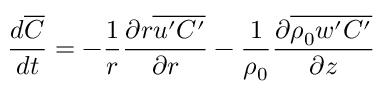
\frac { d \overline { { C } } } { d t } = - \frac { 1 } { r } \frac { \partial r \overline { { u ^ { \prime } C ^ { \prime } } } } { \partial r } - \frac { 1 } { \rho _ { 0 } } \frac { \partial \overline { { \rho _ { 0 } w ^ { \prime } C ^ { \prime } } } } { \partial z }